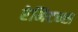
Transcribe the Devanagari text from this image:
रेमिटन्स